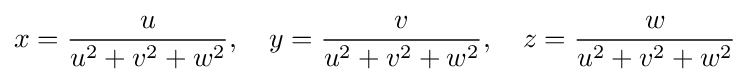
x={\frac {u}{u^{2}+v^{2}+w^{2}}},\quad y={\frac {v}{u^{2}+v^{2}+w^{2}}},\quad z={\frac {w}{u^{2}+v^{2}+w^{2}}}